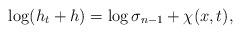
LaTeX: \begin{align*}\log(h_{t}+ h)=\log \sigma_{n-1}+\chi(x,t),\end{align*}